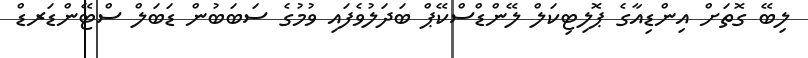
ލިބޭ ގޮތަށް އިންޑިއާގެ ޕޮލިޓިކަލް ލޭންޑްސްކޭޕް ބަދަލުވެފައި ވުމުގެ ސަބަބުން ޑަބަލް ސްޓޭންޑަރޑް